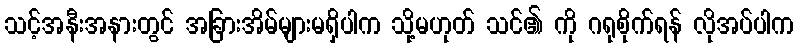
သင့်အနီးအနားတွင် အခြားအိမ်များမရှိပါက သို့မဟုတ် သင်၏ ကို ဂရုစိုက်ရန် လိုအပ်ပါက